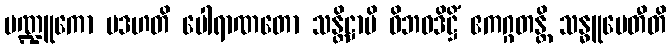
မဏ္ဍူကော ပဒဟတိ ပေါရာဏတော သန္တိဋ္ဌာမိ ဝိဘဝဒိဋ္ဌိံ ဧကဂ္ဂတန္တိ သန္ဓူပေတီတိ